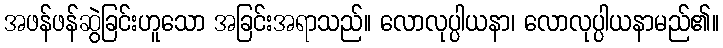
အဖန်ဖန်ဆွဲခြင်းဟူသော အခြင်းအရာသည်။ လောလုပ္ပါယနာ၊ လောလုပ္ပါယနာမည်၏။